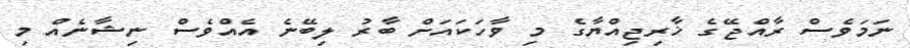
ނަމަވެސް ރާއްޖޭގެ ޚާރިޖިއްޔާގެ މި ވާހަކައަށް ބާރު ލިބޭނެ އެއްވެސް ނިޝާނެއް މި